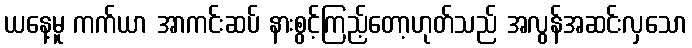
ယနေ့မူ ကက်ယာ အာကင်းဆပ် နားစွင့်ကြည့်တော့ဟုတ်သည် အလွန်အဆင်းလှသော